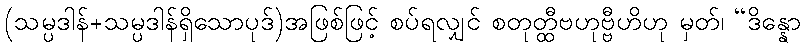
(သမ္ပဒါန်+သမ္ပဒါန်ရှိသောပုဒ်)အဖြစ်ဖြင့် စပ်ရလျှင် စတုတ္ထီဗဟုဗ္ဗီဟိဟု မှတ်၊ “ဒိန္နော